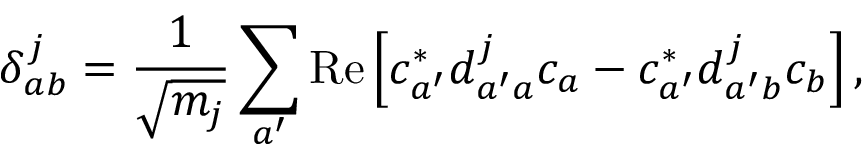
\delta _ { a b } ^ { j } = { \frac { 1 } { \sqrt { m _ { j } } } } \sum _ { a ^ { \prime } } \operatorname { R e } \left[ c _ { a ^ { \prime } } ^ { * } d _ { a ^ { \prime } a } ^ { j } c _ { a } - c _ { a ^ { \prime } } ^ { * } d _ { a ^ { \prime } b } ^ { j } c _ { b } \right] ,